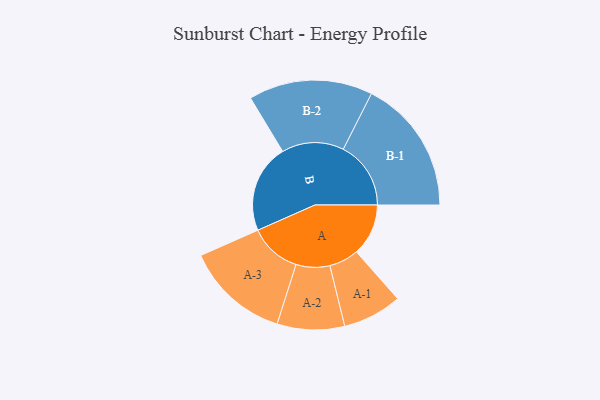
{"axis": {"x": "Segment", "y": "Value"}, "legend": ["", "A", "B"], "data": [{"x": "A", "y": 216, "type": ""}, {"x": "B", "y": 368, "type": ""}, {"x": "A-1", "y": 123, "type": "A"}, {"x": "A-2", "y": 140, "type": "A"}, {"x": "A-3", "y": 216, "type": "A"}, {"x": "B-1", "y": 281, "type": "B"}, {"x": "B-2", "y": 258, "type": "B"}]}